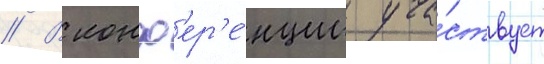
// В конф'ер'е́нции уча́ствует